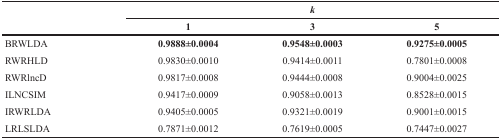
<table><thead><tr><td></td><td colspan="3"><b><i>k</i></b></td></tr><tr><td></td><td><b>1</b></td><td><b>3</b></td><td><b>5</b></td></tr></thead><tbody><tr><td>BRWLDA</td><td><b>0.9888±0.0004</b></td><td><b>0.9548±0.0003</b></td><td><b>0.9275±0.0005</b></td></tr><tr><td>RWRHLD</td><td>0.9830±0.0010</td><td>0.9414±0.0011</td><td>0.7801±0.0008</td></tr><tr><td>RWRlncD</td><td>0.9817±0.0008</td><td>0.9444±0.0008</td><td>0.9004±0.0025</td></tr><tr><td>ILNCSIM</td><td>0.9417±0.0009</td><td>0.9058±0.0013</td><td>0.8528±0.0015</td></tr><tr><td>IRWRLDA</td><td>0.9405±0.0005</td><td>0.9321±0.0019</td><td>0.9001±0.0015</td></tr><tr><td>LRLSLDA</td><td>0.7871±0.0012</td><td>0.7619±0.0005</td><td>0.7447±0.0027</td></tr></tbody></table>